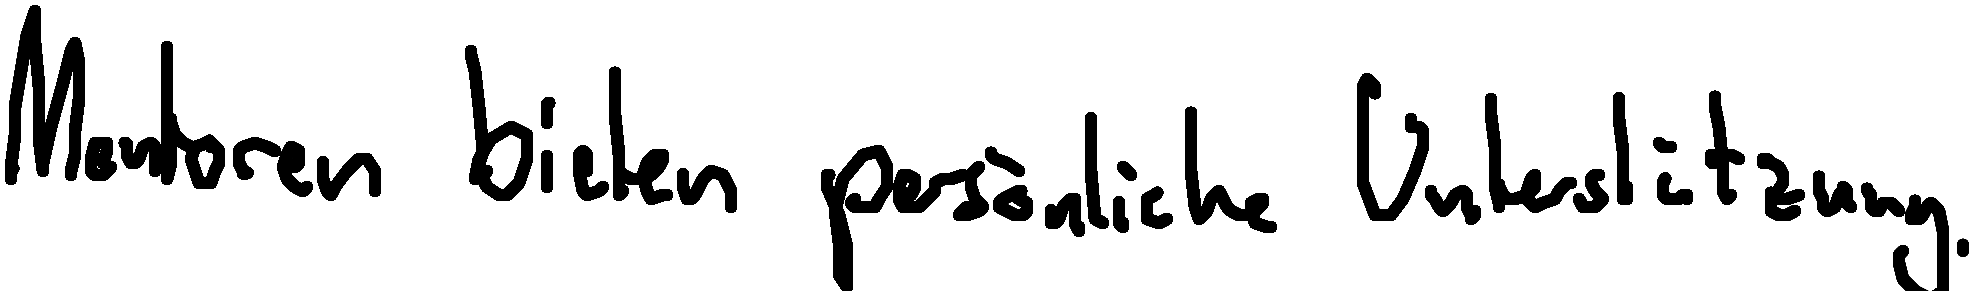
Mentoren bieten persönliche Unterstützung.